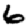
Digit: 6